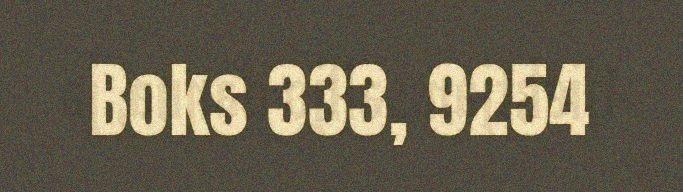
Boks 333, 9254